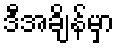
ဒီအချိန်မှာ